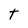
Character: T